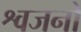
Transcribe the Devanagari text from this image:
श्वजनो